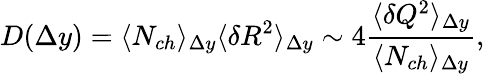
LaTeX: D(\Delta y)=\langle N_{ch}\rangle_{\Delta y}\langle\delta R^{2}\rangle_{\Delta y}\sim 4\frac{\langle\delta Q^{2}\rangle_{\Delta y}}{\langle N_{ch}\rangle_{\Delta y}},